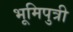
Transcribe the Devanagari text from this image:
भूमिपुत्री